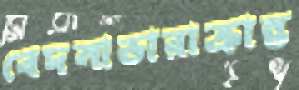
বেদনাভারাক্রান্ত